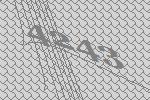
4243